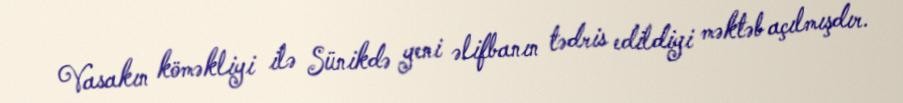
Vasakın köməkliyi ilə Sünikdə yeni əlifbanın tədris edildiyi məktəb açılmışdır.